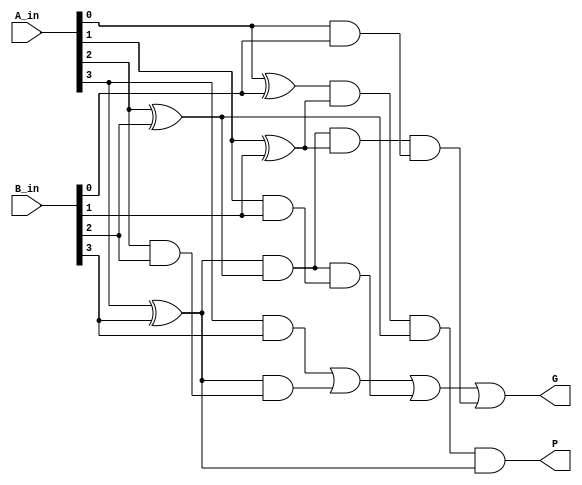
module cla_4bits_GP(
	input [3:0] A_in,
	input [3:0] B_in,
	output  wire G,
	output  wire P
);
   wire [3:0] p;
   wire [3:0] g;
   assign p[0] = A_in[0] ^ B_in[0];
   assign p[1] = A_in[1] ^ B_in[1];
   assign p[2] = A_in[2] ^ B_in[2];
   assign p[3] = A_in[3] ^ B_in[3];
   assign g[0] = A_in[0] & B_in[0];
   assign g[1] = A_in[1] & B_in[1];
   assign g[2] = A_in[2] & B_in[2];
   assign g[3] = A_in[3] & B_in[3];
   assign P = p[0] & p[1] & p[2] & p[3];
   assign G = g[3] | p[3] & g[2] | p[3] & p[2] & g[1] | p[3] & p[2] & p[1] & g[0];
   
endmodule